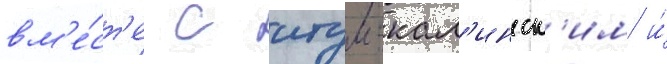
вм'е́ст'е с итум-кал'инск'им и́